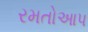
રમતોઆપ